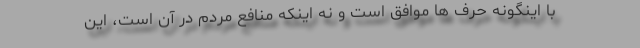
با اینگونه حرف ها موافق است و نه اینکه منافع مردم در آن است، این